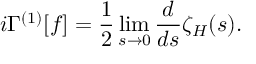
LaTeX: i \Gamma ^ { ( 1 ) } [ f ] = { \frac { 1 } { 2 } } \operatorname * { l i m } _ { s \to 0 } { \frac { d } { d s } } \zeta _ { H } ( s ) .